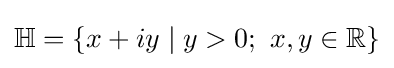
\mathbb {H} =\{x+iy\mid y>0;\ x,y\in \mathbb {R} \}